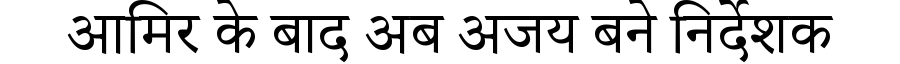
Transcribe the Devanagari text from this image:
आमिर के बाद अब अजय बने निर्देशक